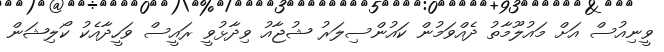
ވީނިއުސް އަށް މައުލޫމާތު ދެއްވަމުން ކައުންސިލަރު ޝުޖާއު ވިދާޅުވީ ރައީސް ވަހީދާއެކު ކޯލިޝަން